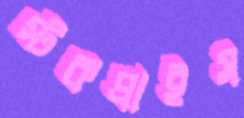
স্টকপ্রাইস